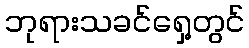
ဘုရားသခင်ရှေ့တွင်